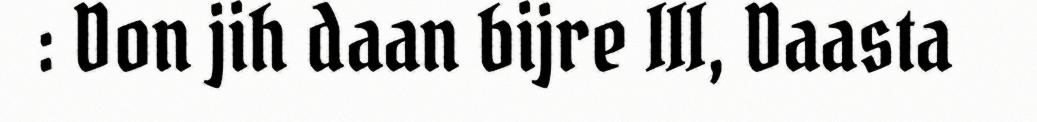
: Don jih daan bijre III, Daasta